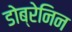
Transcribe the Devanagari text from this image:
डोब्रेनिन